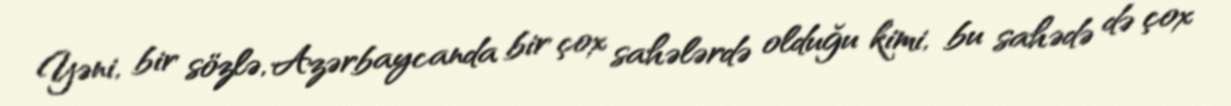
Yəni, bir sözlə, Azərbaycanda bir çox sahələrdə olduğu kimi, bu sahədə də çox